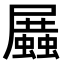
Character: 𧒝